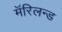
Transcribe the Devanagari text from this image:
मॅरिलन्ड